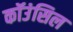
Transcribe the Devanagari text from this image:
कॉउंसिल